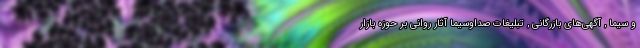
و سیما , آگهی‌های بازرگانی , تبلیغات صداوسیما آثار روانی بر حوزه بازار